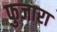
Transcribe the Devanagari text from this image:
फुजारा